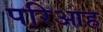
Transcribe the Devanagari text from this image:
परिआह